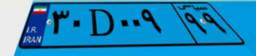
۳۰D۰۰۹۹۹